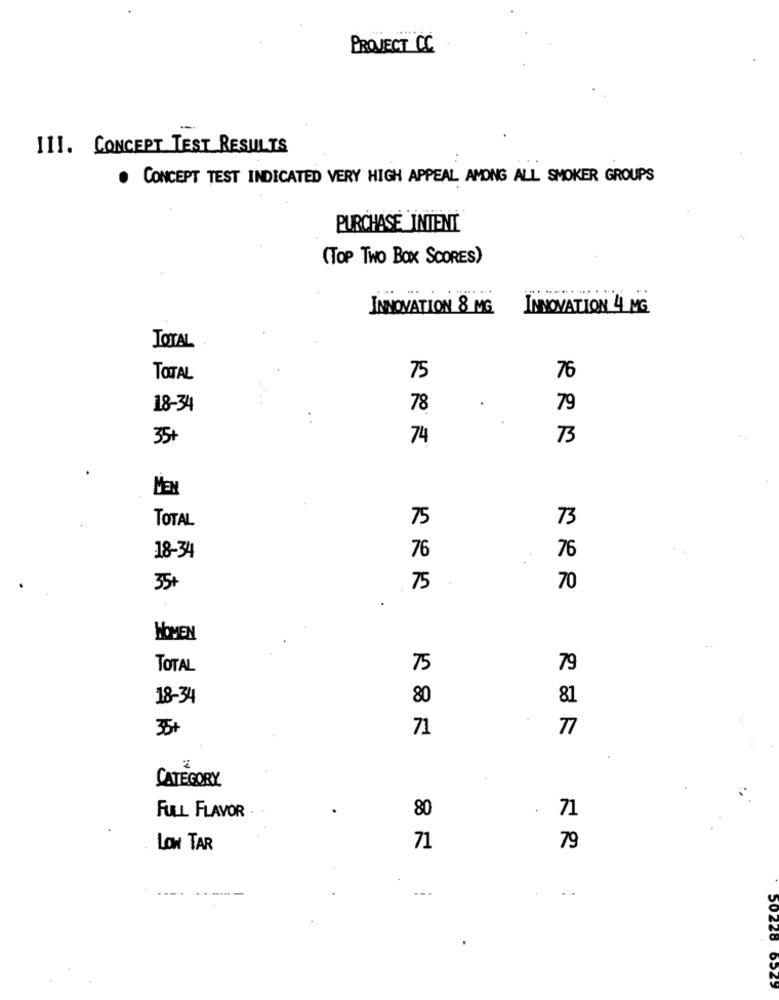
PROJECT CC
III. CONCEPT TEST RESULTS
. CONCEPT TEST INDICATED VERY HIGH APPEAL AMONG ALL SMOKER GROUPS
PURCHASE INTENT
(TOP TWO BOX SCORES)
INNOVATION 8 MG
INNOVATION 4 MG
TOTAL
TOTAL
75
76
18-34
78
79
35+
74
73
MEN
TOTAL
75
73
76
76
18-34
35+
75
70
HOMEN
TOTAL
75
79
18-34
80
81
35+
71
77
CATEGORY
80
.
FULL FLAVOR
71
79
LOW TAR
71
...
..
50228 6523